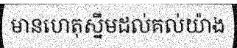
មានហេតុស្នឹមដល់គល់យ៉ាង